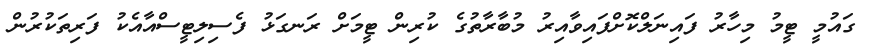
ގައުމީ ޓީމު މިހާރު ފައިނަލްކޮށްފައިވާއިރު މުބާރާތުގެ ކުރިން ޓީމަށް ރަނގަޅު ފެސިލިޓީސްއާއެކު ފަރިތަކުރުން